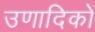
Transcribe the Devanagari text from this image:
उणादिकों